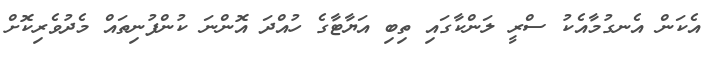
އެކަން އެނގުމާއެކު ސްރީ ލަންކާގައި ތިބި އަޔާޓާގެ ހުއްދަ އޮންނަ ކުންފުނިތައް މެދުވެރިކޮށް